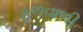
ફળવાળી